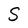
Character: S